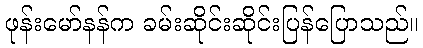
ဖုန်းမော်နန်က ခမ်းဆိုင်းဆိုင်းပြန်ပြောသည်။